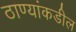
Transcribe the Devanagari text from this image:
ठाण्यांकडील